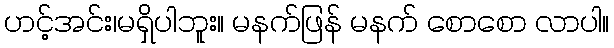
ဟင့်အင်း၊မရှိပါဘူး။ မနက်ဖြန် မနက် စောစော လာပါ။